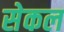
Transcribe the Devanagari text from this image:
सेकल